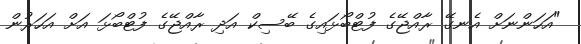
"އަހަންނަށް އެނގޭ ރާއްޖޭގެ ފުޓްބޯޅައިގެ ބޭސިކް އަދި ރާއްޖޭގެ ފުޓްބޯޅަ އަށް އަހަރުން